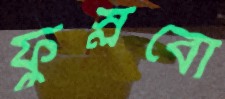
ফুস্‌লবো